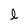
Character: l